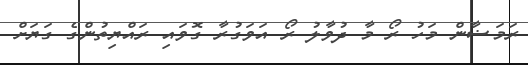
ރަމަޟާން މަހު ރޯ މާ ދުވާލު ރޯ އަވަގުރާ ގޮވައި ރައްޔިތުންގެ ގަޔަށް